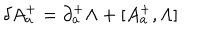
\delta A _ { a } ^ { + } = \partial _ { a } ^ { + } \Lambda + [ A _ { a } ^ { + } , \Lambda ]